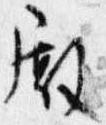
殿